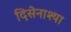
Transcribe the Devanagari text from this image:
दिसेनाश्या